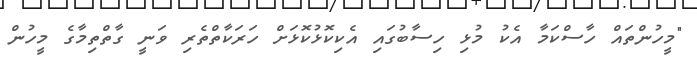
"މީހުންތައް ހާސްކަމާ އެކު މުޅި ހިސާބުގައި އެކިކޮޅުކޮޅަށް ހަރަކާތްތެރި ވަނީ ގާތްތިމާގެ މީހުން